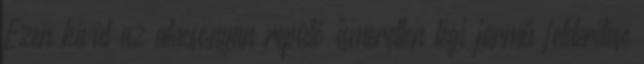
Ezen kívül az alacsonyan repülő ismeretlen légi jármű felderítése